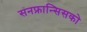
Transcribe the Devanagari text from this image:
सनफ्रान्सिसको